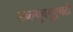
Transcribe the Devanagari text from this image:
डब्ल्यूक्यूएचटी